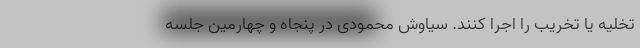
تخلیه یا تخریب را اجرا کنند. سیاوش محمودی در پنجاه و چهارمین جلسه